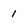
Character: 1